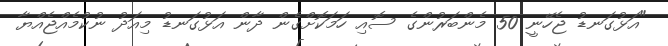
"އަޅުގަނޑު ޖެހޭނީ 50 މެންބަރުންގެ ސޮއި ހަމަކޮށްގެން ދާން އަޅުގަނޑު މިއަދު ނުކުމެއްޖެއްޔާ